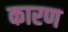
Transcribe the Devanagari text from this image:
कारण